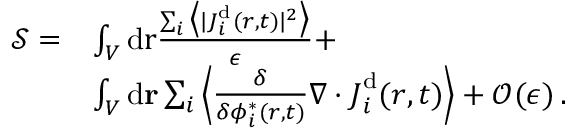
\begin{array} { r l } { { \mathcal { S } } = } & { \int _ { V } \mathrm { d } \mathbf { { \boldsymbol { r } } } \frac { \sum _ { i } \big \langle \vert { { \boldsymbol { J } } } _ { i } ^ { \mathrm { d } } ( { \boldsymbol { r } } , t ) \vert ^ { 2 } \big \rangle } { \epsilon } + } \\ & { \int _ { V } \mathrm { d } \mathbf { r } \sum _ { i } \left\langle \frac { \delta } { \delta { \phi _ { i } ^ { * } ( \boldsymbol { r } , t ) } } \nabla \cdot { \boldsymbol { J } } _ { i } ^ { \mathrm { d } } ( { \boldsymbol { r } } , t ) \right\rangle + \mathcal { O } ( \epsilon ) \, . } \end{array}